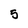
Character: 5